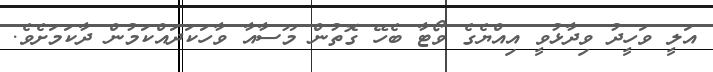
އަލީ ވަހީދު ވިދާޅުވީ އިއްޔެގެ ވޯޓާ ބެހޭ ގޮތުން މޫސާއާ ވާހަކަދައްކަމުން ދާކަމަށެވެ.